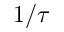
1 / \tau